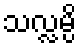
သလ္လမ္ပိ